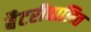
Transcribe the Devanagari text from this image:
बैटरीचालित